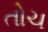
તોચ